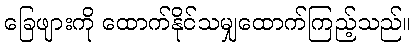
ခြေဖျားကို ထောက်နိုင်သမျှထောက်ကြည့်သည်။